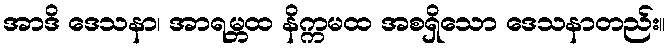
အာဒိ ဒေသနာ၊ အာရမ္ဘထ နိက္ကမထ အစရှိသော ဒေသနာတည်း။